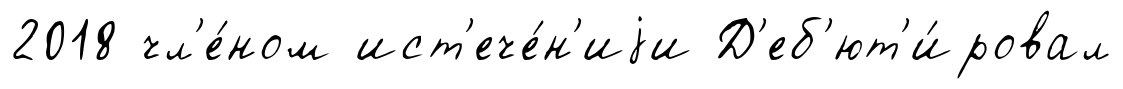
2018 чл'е́ном ист'ече́н'иjи Д'еб'ют'и́ровал